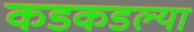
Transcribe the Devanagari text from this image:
कडकडल्या